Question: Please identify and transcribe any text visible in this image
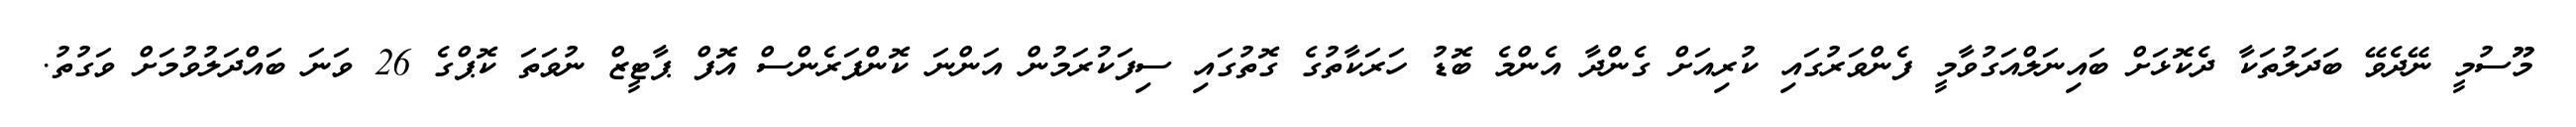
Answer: މޫސުމީ ނޭދެވޭ ބަދަލުތަކާ ދެކޮޅަށް ބައިނަލްއަގުވާމީ ފެންވަރުގައި ކުރިއަށް ގެންދާ އެންމެ ބޮޑު ހަރަކާތުގެ ގޮތުގައި ސިފަކުރަމުން އަންނަ ކޮންފަރެންސް އޮފް ޕާޓީޒް ނުވަތަ ކޮޕްގެ 26 ވަނަ ބައްދަލުވުމަށް ވަގުތު.